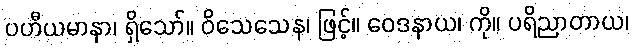
ပဟီယမာနာ၊ ရှိသော်။ ဝိသေသေန၊ ဖြင့်။ ဝေဒနာယ၊ ကို။ ပရိညာတာယ၊